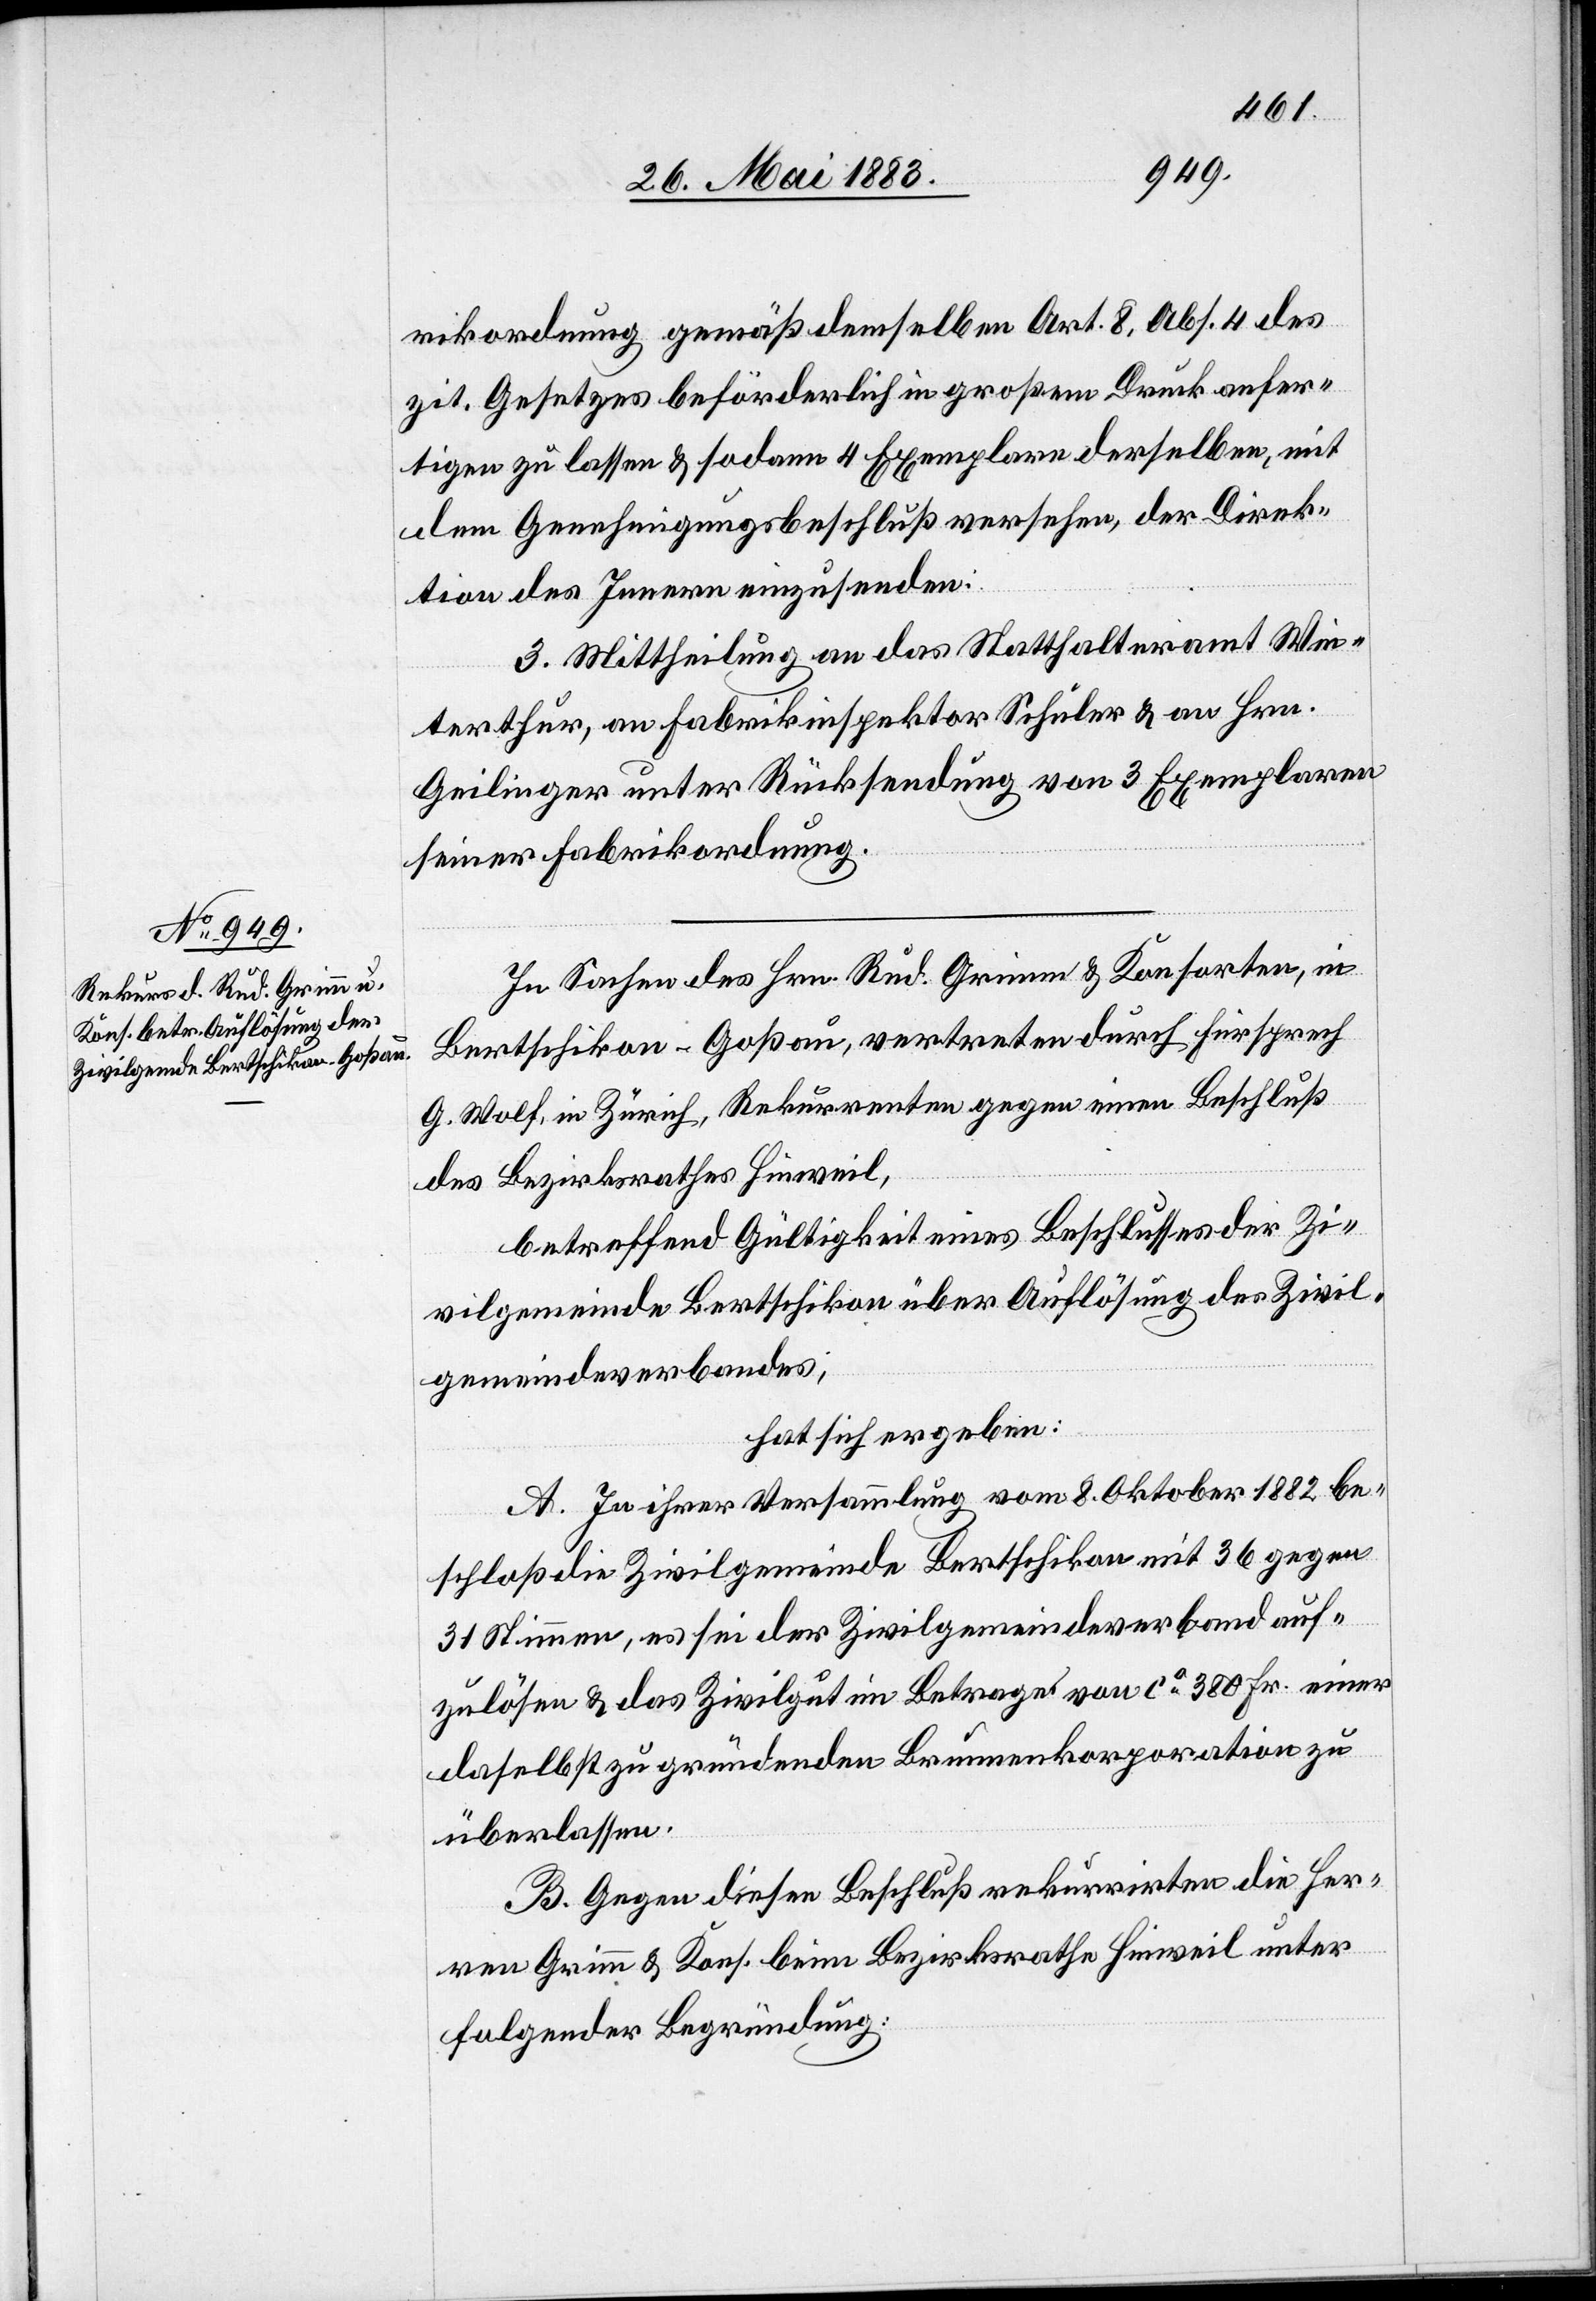
rikordnung gemäß demselben Art. 8, Abs. 4 des
zit. Gesetzes beförderlich in großem Druck anfer¬
tigen zu lassen & sodann 4 Exemplare derselben, mit
dem Genehmigungsbeschluß versehen, der Direk¬
tion des Innern einzusenden.
Mittheilung an das Statthalteramt Win¬
terthur, an Fabrikinspektor Schuler & an Hrn.
Geilinger unter Rücksendung von 3 Exemplaren
seiner Fabrikordnung.
In Sachen des Hrn. Rud. Grimm & Konsorten, in
Bertschikon - Goßau, vertreten durch Fürsprech
3.
G. Wolf, in Zürich, Rekurrenten gegen einen Beschluß
des Bezirksrathes Hinweil,
betreffend Gültigkeit eines Beschlusses der Zi¬
vilgemeinde Bertschikon über Auflösung des Zivil¬
gemeindeverbandes,
hat sich ergeben:
A. In ihrer Versammlung vom 8. Oktober 1882 be¬
schloß die Zivilgemeinde Bertschikon mit 36 gegen
31 Stimmen, es sei der Zivilgemeindeverband auf¬
zulösen & das Zivilgut im Betrage von ca 380 Fr. einer
daselbst zu gründenden Brückenkorporation zu
überlassen.
B. Gegen diesen Beschluß rekurrirten die Her¬
ren Grimm & Kons. beim Bezirksrathe Hinweil unter
folgender Begründung: